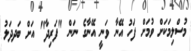
މުސްލިމަކަށް ވުމަށް ފަހު އޭނާ ވަނީ އޭނާގެ ނަން "ފަރިދާ" އަށް ބަދދަލު